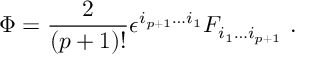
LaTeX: \Phi = { \frac { 2 } { ( p + 1 ) ! } } \epsilon ^ { i _ { p + 1 } \dots i _ { 1 } } F _ { i _ { 1 } \dots i _ { p + 1 } } \ .